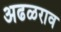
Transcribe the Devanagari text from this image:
अढळराव